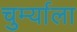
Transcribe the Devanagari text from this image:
चुर्म्याला